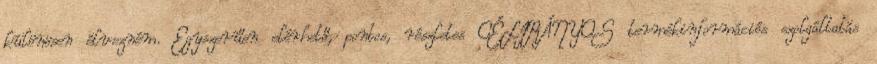
különösen élvezném. Egyszerűen elérhető, pontos, részletes CÉLIRÁNYOS termékinformációs szolgáltatás